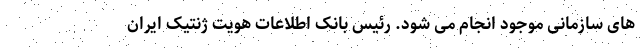
های سازمانی موجود انجام می شود. رئیس بانک اطلاعات هویت ژنتیک ایران